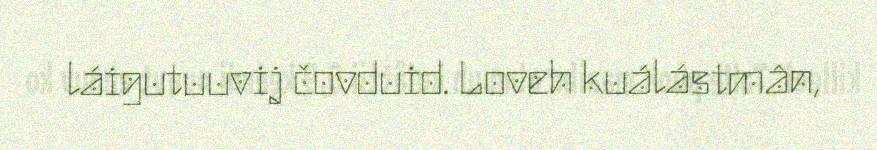
láigutuuvij čovduid. Loveh kuálástmân,